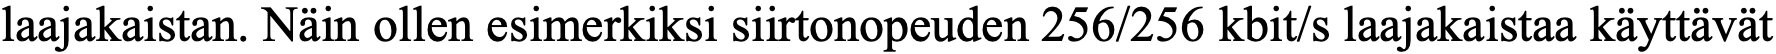
laajakaistan. Näin ollen esimerkiksi siirtonopeuden 256/256 kbit/s laajakaistaa käyttävät